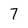
Character: 7